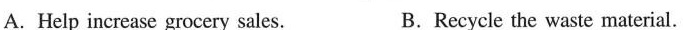
A. Help increase grocery sales. B.Recycle the waste material.